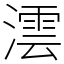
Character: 澐